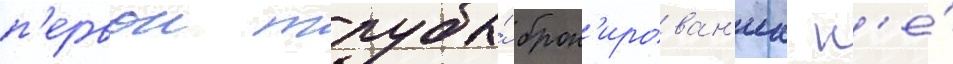
п'ервои трубы́ брон'ирован'иа н'е́